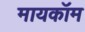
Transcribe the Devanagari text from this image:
मायकॉम